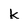
Character: k